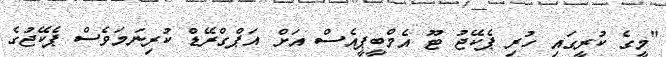
"މީގެ ކުރީގައި ހުރި ޕެކޭޖު ޓޫ އެމްބީޕީއެސް އަށް އަޕްގްރޭޑް ކުރިނަމަވެސް ޕެކޭޖުގެ